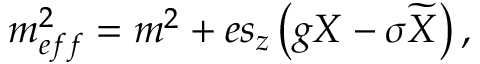
m _ { e f f } ^ { 2 } = m ^ { 2 } + e s _ { z } \left( g X - \sigma \widetilde { X } \right) ,